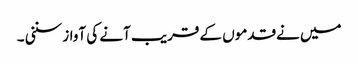
میں نےقدموں کے قریب آنے کی آواز سننی ۔